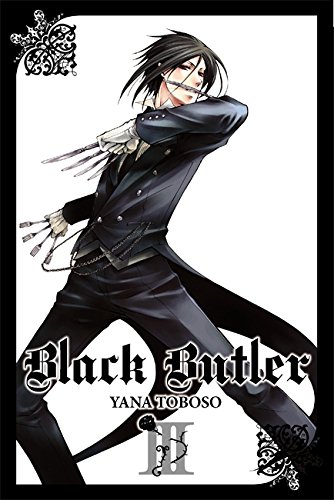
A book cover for Black Butler, Vol. 3; Comics & Graphic Novels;